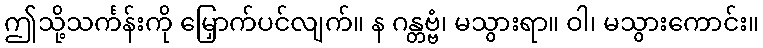
ဤသို့သင်္ကန်းကို မြှောက်ပင်လျက်။ န ဂန္တဗ္ဗံ၊ မသွားရာ။ ဝါ၊ မသွားကောင်း။